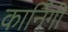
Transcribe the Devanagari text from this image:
कार्निगी